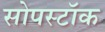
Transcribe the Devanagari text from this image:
सोपस्टॉक